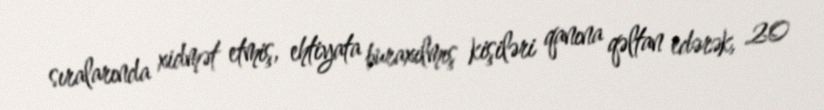
sıralarında xidmət etmiş, ehtiyata buraxılmış kişiləri qanına qəltan edərək, 20